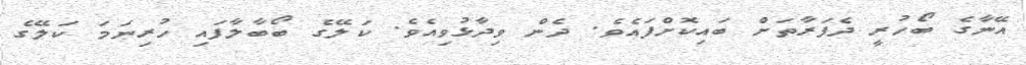
އޭނާގެ ބޯހުރީ ދެފަރާތަށް ބައިކޮށްފައެވެ. ދެން ވިދާޅުވިއެވެ. ކަލޭގެ ބޯބާލާފައި ހުރިނަމަ ކަލޭގެ